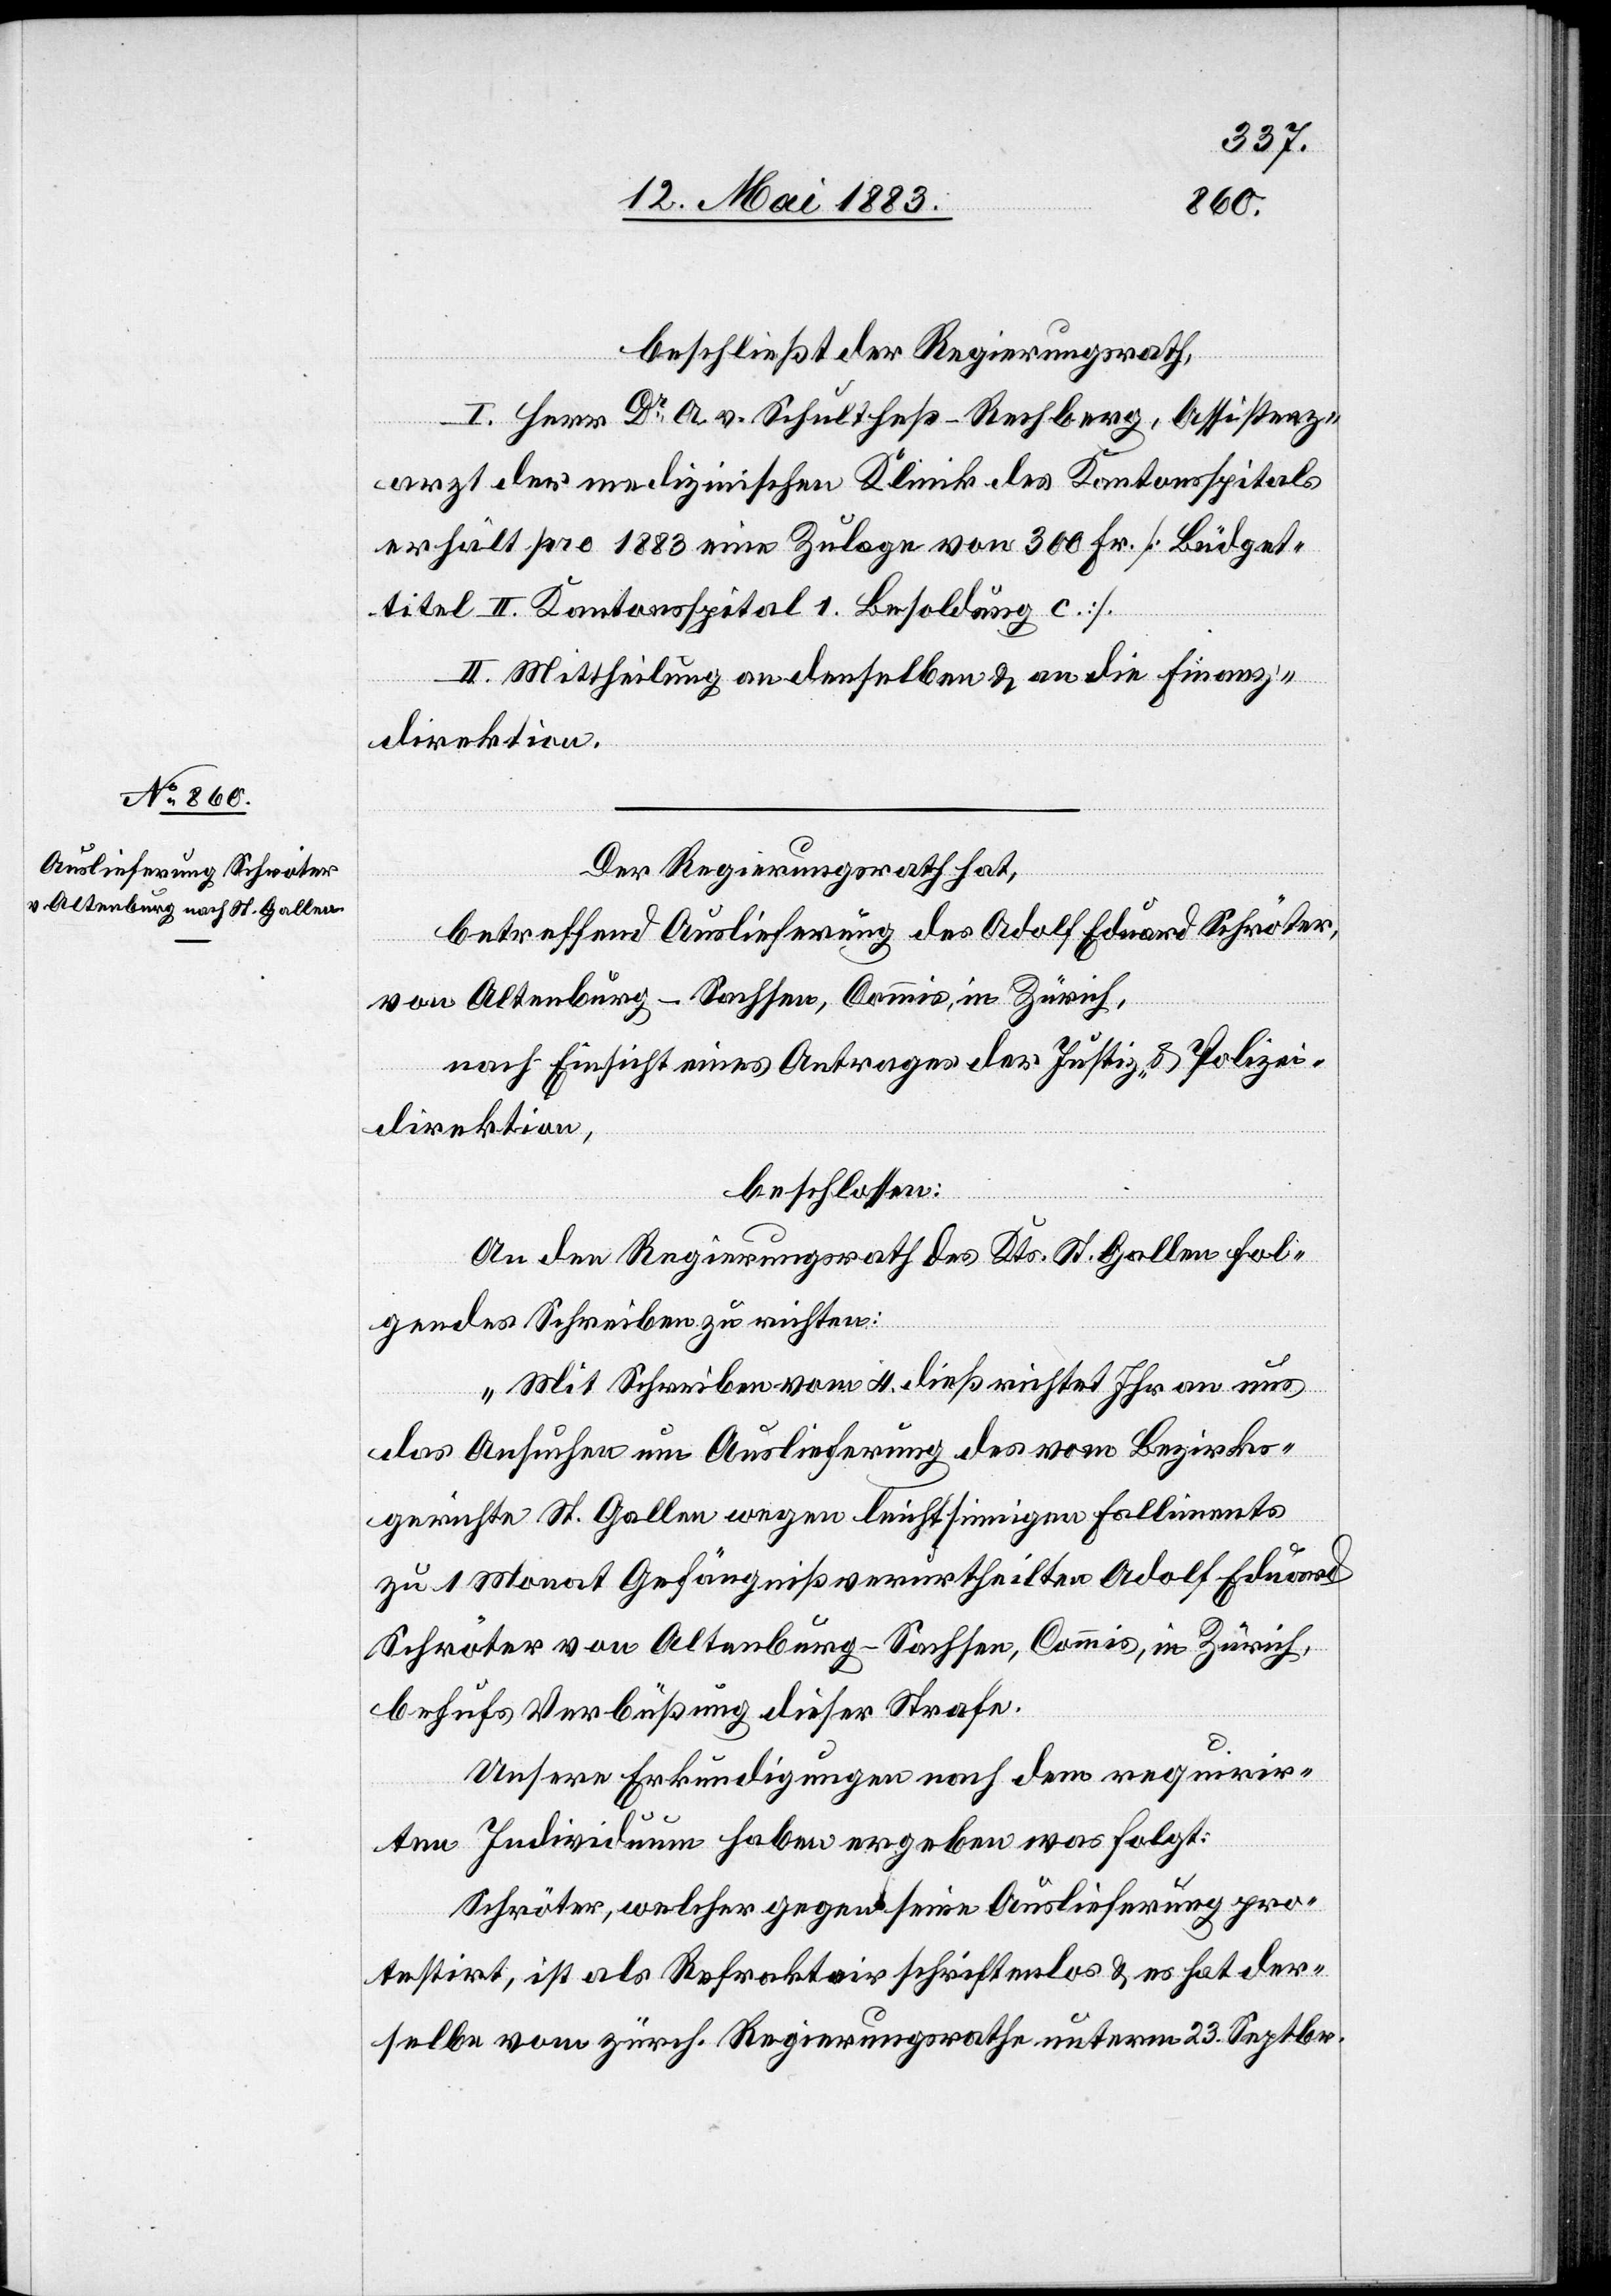
beschließt der Regierungsrath,
I. Herr Dr A. v. Schultheß-Rechberg, Assistenz¬
arzt der medizinischen Klinik des Kantonsspitals
erhält pro 1883 eine Zulage von 300 Fr. [Büdget¬
titel II. Kantonsspital 1. Besoldung c].
II. Mittheilung an denselben & an die Finanz¬
direktion.
Der Regierungsrath hat,
betreffend Auslieferung des Adolf Eduard Schröter,
von Altenberg - Sachsen, Commis, in Zürich,
nach Einsicht eines Antrages der Justiz- & Polizei¬
direktion,
beschlossen:
An den Regierungsrath des Kts. St. Gallen fol¬
gendes Schreiben zu richten:
„Mit Schreiben vom 4. dieß richtet Ihr an uns
das Ansuchen um Auslieferung des vom Bezirks¬
gerichte St. Gallen wegen leichtsinnigen Falliments
zu 1 Monat Gefängniß verurtheilten Adolf Eduard
Schröter von Altenburg - Sachsen, Commis, in Zürich,
behufs Verbüßung dieser Strafe.
Unsere Erkundigungen nach dem requirir¬
ten Individuum haben ergeben was folgt:
Schröter, welcher gegen seine Auslieferung pro¬
testirt, ist als Refraktair schriftenlos & es hat der¬
selbe vom zürch. Regierungsrathe unterm 23. Septbr.